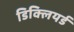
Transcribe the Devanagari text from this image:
डिक्लियर्ड